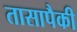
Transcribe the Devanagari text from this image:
तासापैकी